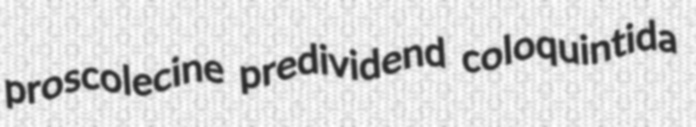
proscolecine predividend coloquintida